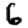
Digit: 6